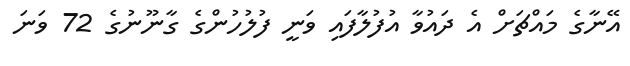
އޭނާގެ މައްޗަށް އެ ދައުވާ އުފުލާފައި ވަނީ ފުލުހުންގެ ގާނޫނުގެ 72 ވަނަ